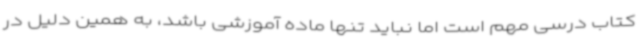
کتاب درسی مهم است اما نباید تنها ماده آموزشی باشد، به همین دلیل در